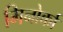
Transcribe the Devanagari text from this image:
मिनोर्का